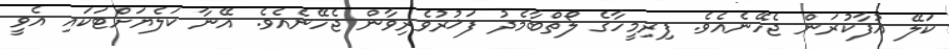
ކަލޭ އުފާކުރަން ޖެހޭނެއެވެ. ފިރިމީހާގެ ލޯތްބާމެދު ފަޚުރުވެރިވާން ޖެހޭނެއެވެ. އޭނާ ކަލެޔަށްޓަކައި އެވީ